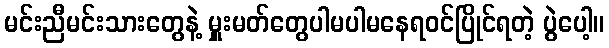
မင်းညီမင်းသားတွေနဲ့ မှူးမတ်တွေပါမပါမနေရဝင်ပြိုင်ရတဲ့ ပွဲပေါ့။